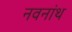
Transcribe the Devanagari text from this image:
नवनांथ